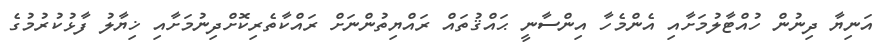
އަނިޔާ ދިނުން ހުއްޓާލުމަށާއި އެންމެހާ އިންސާނީ ޙައްޤުތައް ރައްޔިތުންނަށް ރައްކާތެރިކޮށްދިނުމަށާއި ޚިޔާލު ފާޅުކުރުމުގެ